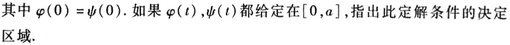
其中 $\varphi(0)=\psi(0)$. 如果 $\varphi(t),\psi(t)$ 都给定在 $[0,a]$, 指出此定解条件的决定区域.